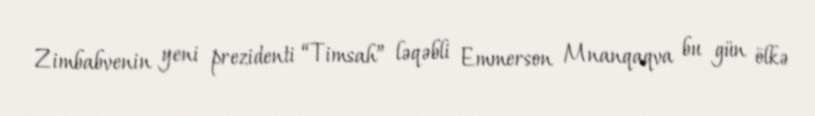
Zimbabvenin yeni prezidenti “Timsah” ləqəbli Emmerson Mnanqaqva bu gün ölkə